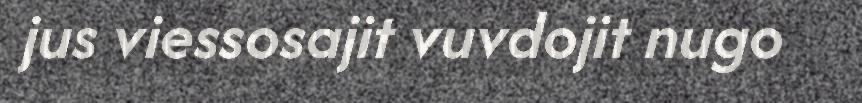
jus viessosajit vuvdojit nugo